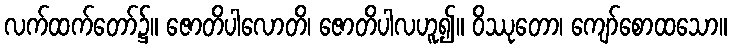
လက်ထက်တော်၌။ ဇောတိပါလောတိ၊ ဇောတိပါလဟူ၍။ ဝိဿုတော၊ ကျော်စောထသော။